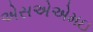
એસએએમઇ